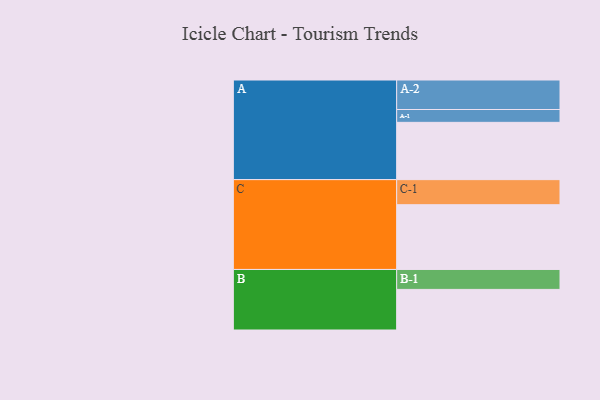
{"axis": {"x": "Segment", "y": "Value"}, "legend": ["", "A", "B", "C"], "data": [{"x": "A", "y": 491, "type": ""}, {"x": "B", "y": 348, "type": ""}, {"x": "C", "y": 555, "type": ""}, {"x": "A-1", "y": 110, "type": "A"}, {"x": "A-2", "y": 253, "type": "A"}, {"x": "B-1", "y": 171, "type": "B"}, {"x": "C-1", "y": 215, "type": "C"}]}